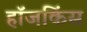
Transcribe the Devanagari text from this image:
हॉजकिंस